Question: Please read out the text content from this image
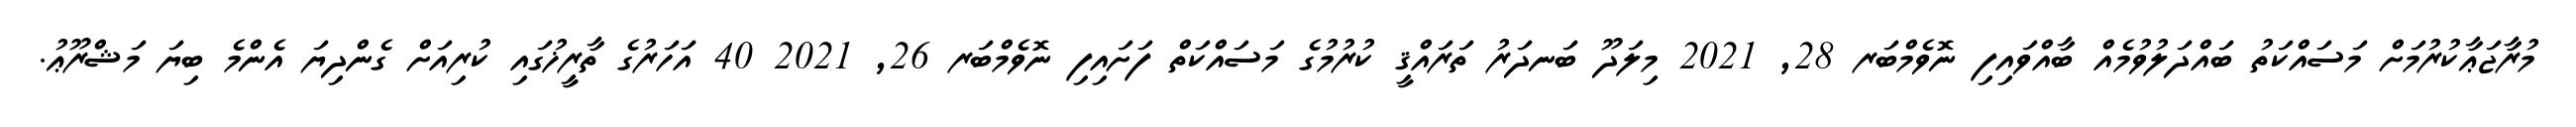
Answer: މުރާޖަޢާކުރުމަށް މަސައްކަތު ބައްދަލުވުމެއް ބާއްވައިފި ނޮވެމްބަރ 28, 2021 މިލަދޫ ބަނދަރު ތަރައްޤީ ކުރުމުގެ މަސައްކަތް ފަށައިފި ނޮވެމްބަރ 26, 2021 40 އަހަރުގެ ތާރީޚުގައި ކުރިއަށް ގެންދިޔަ އެންމެ ބިޔަ މަޝްރޫޢު.